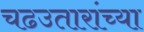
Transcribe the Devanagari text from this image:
चढउतारांच्या